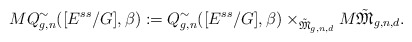
\begin{align*}MQ^{\sim}_{g,n}([E^{ss}/G], \beta):=Q^{\sim}_{g,n}([E^{ss}/G],\beta)\times_{\tilde{\mathfrak{M}}_{g,n,d}}M\tilde{\mathfrak{M}}_{g,n,d}. \end{align*}